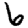
Digit: 6